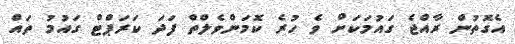
އެގޮތުން ރާއްޖެ ގައުމަކަށް ވެ ހުރެ ކޮމަންވެލްތް ފަދަ ކަރަޕްޓް ގައުމު ތައް